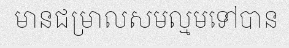
មានជម្រាលសមល្មមទៅបាន